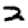
Digit: 2